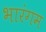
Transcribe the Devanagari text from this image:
भारंगम